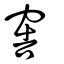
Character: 窖